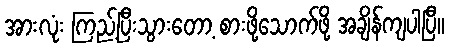
အားလုံး ကြည့်ပြီးသွားတော့ စားဖို့သောက်ဖို့ အချိန်ကျပါပြီ။